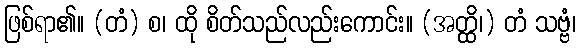
ဖြစ်ရာ၏။ (တံ) စ၊ ထို စိတ်သည်လည်းကောင်း။ (အတ္ထိ၊) တံ သဗ္ဗံ၊